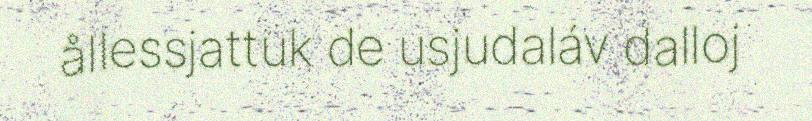
ållessjattuk de usjudaláv dalloj